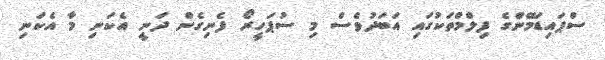
ސްޕައިޑަމޭންގެ ފިލްމްތަކުގައި އަބަދުވެސް މި ސުޕަހީރޯ ފެނިގެން ދަނީ އެކަނި މާ އެކަނި